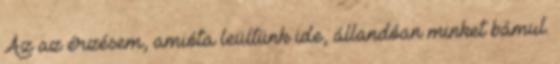
Az az érzésem, amióta leültünk ide, állandóan minket bámul.